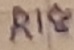
Text: R18